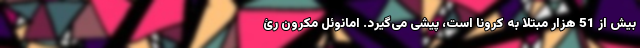
بیش از 51 هزار مبتلا به کرونا است، پیشی می‌گیرد. امانوئل مکرون رئ